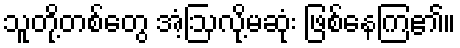
သူတို့တစ်တွေ အံ့ဩလို့မဆုံး ဖြစ်နေကြ၏။